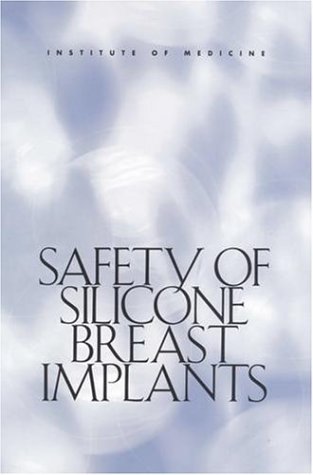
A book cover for Safety of Silicone Breast Implants; Committee on the Safety of Silicone Breast Implants; Medical Books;